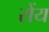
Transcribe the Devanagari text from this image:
रोंय